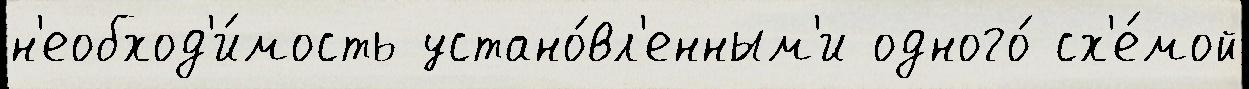
н'еобход'и́мость устано́вл'енным'и одного́ сх'е́мой